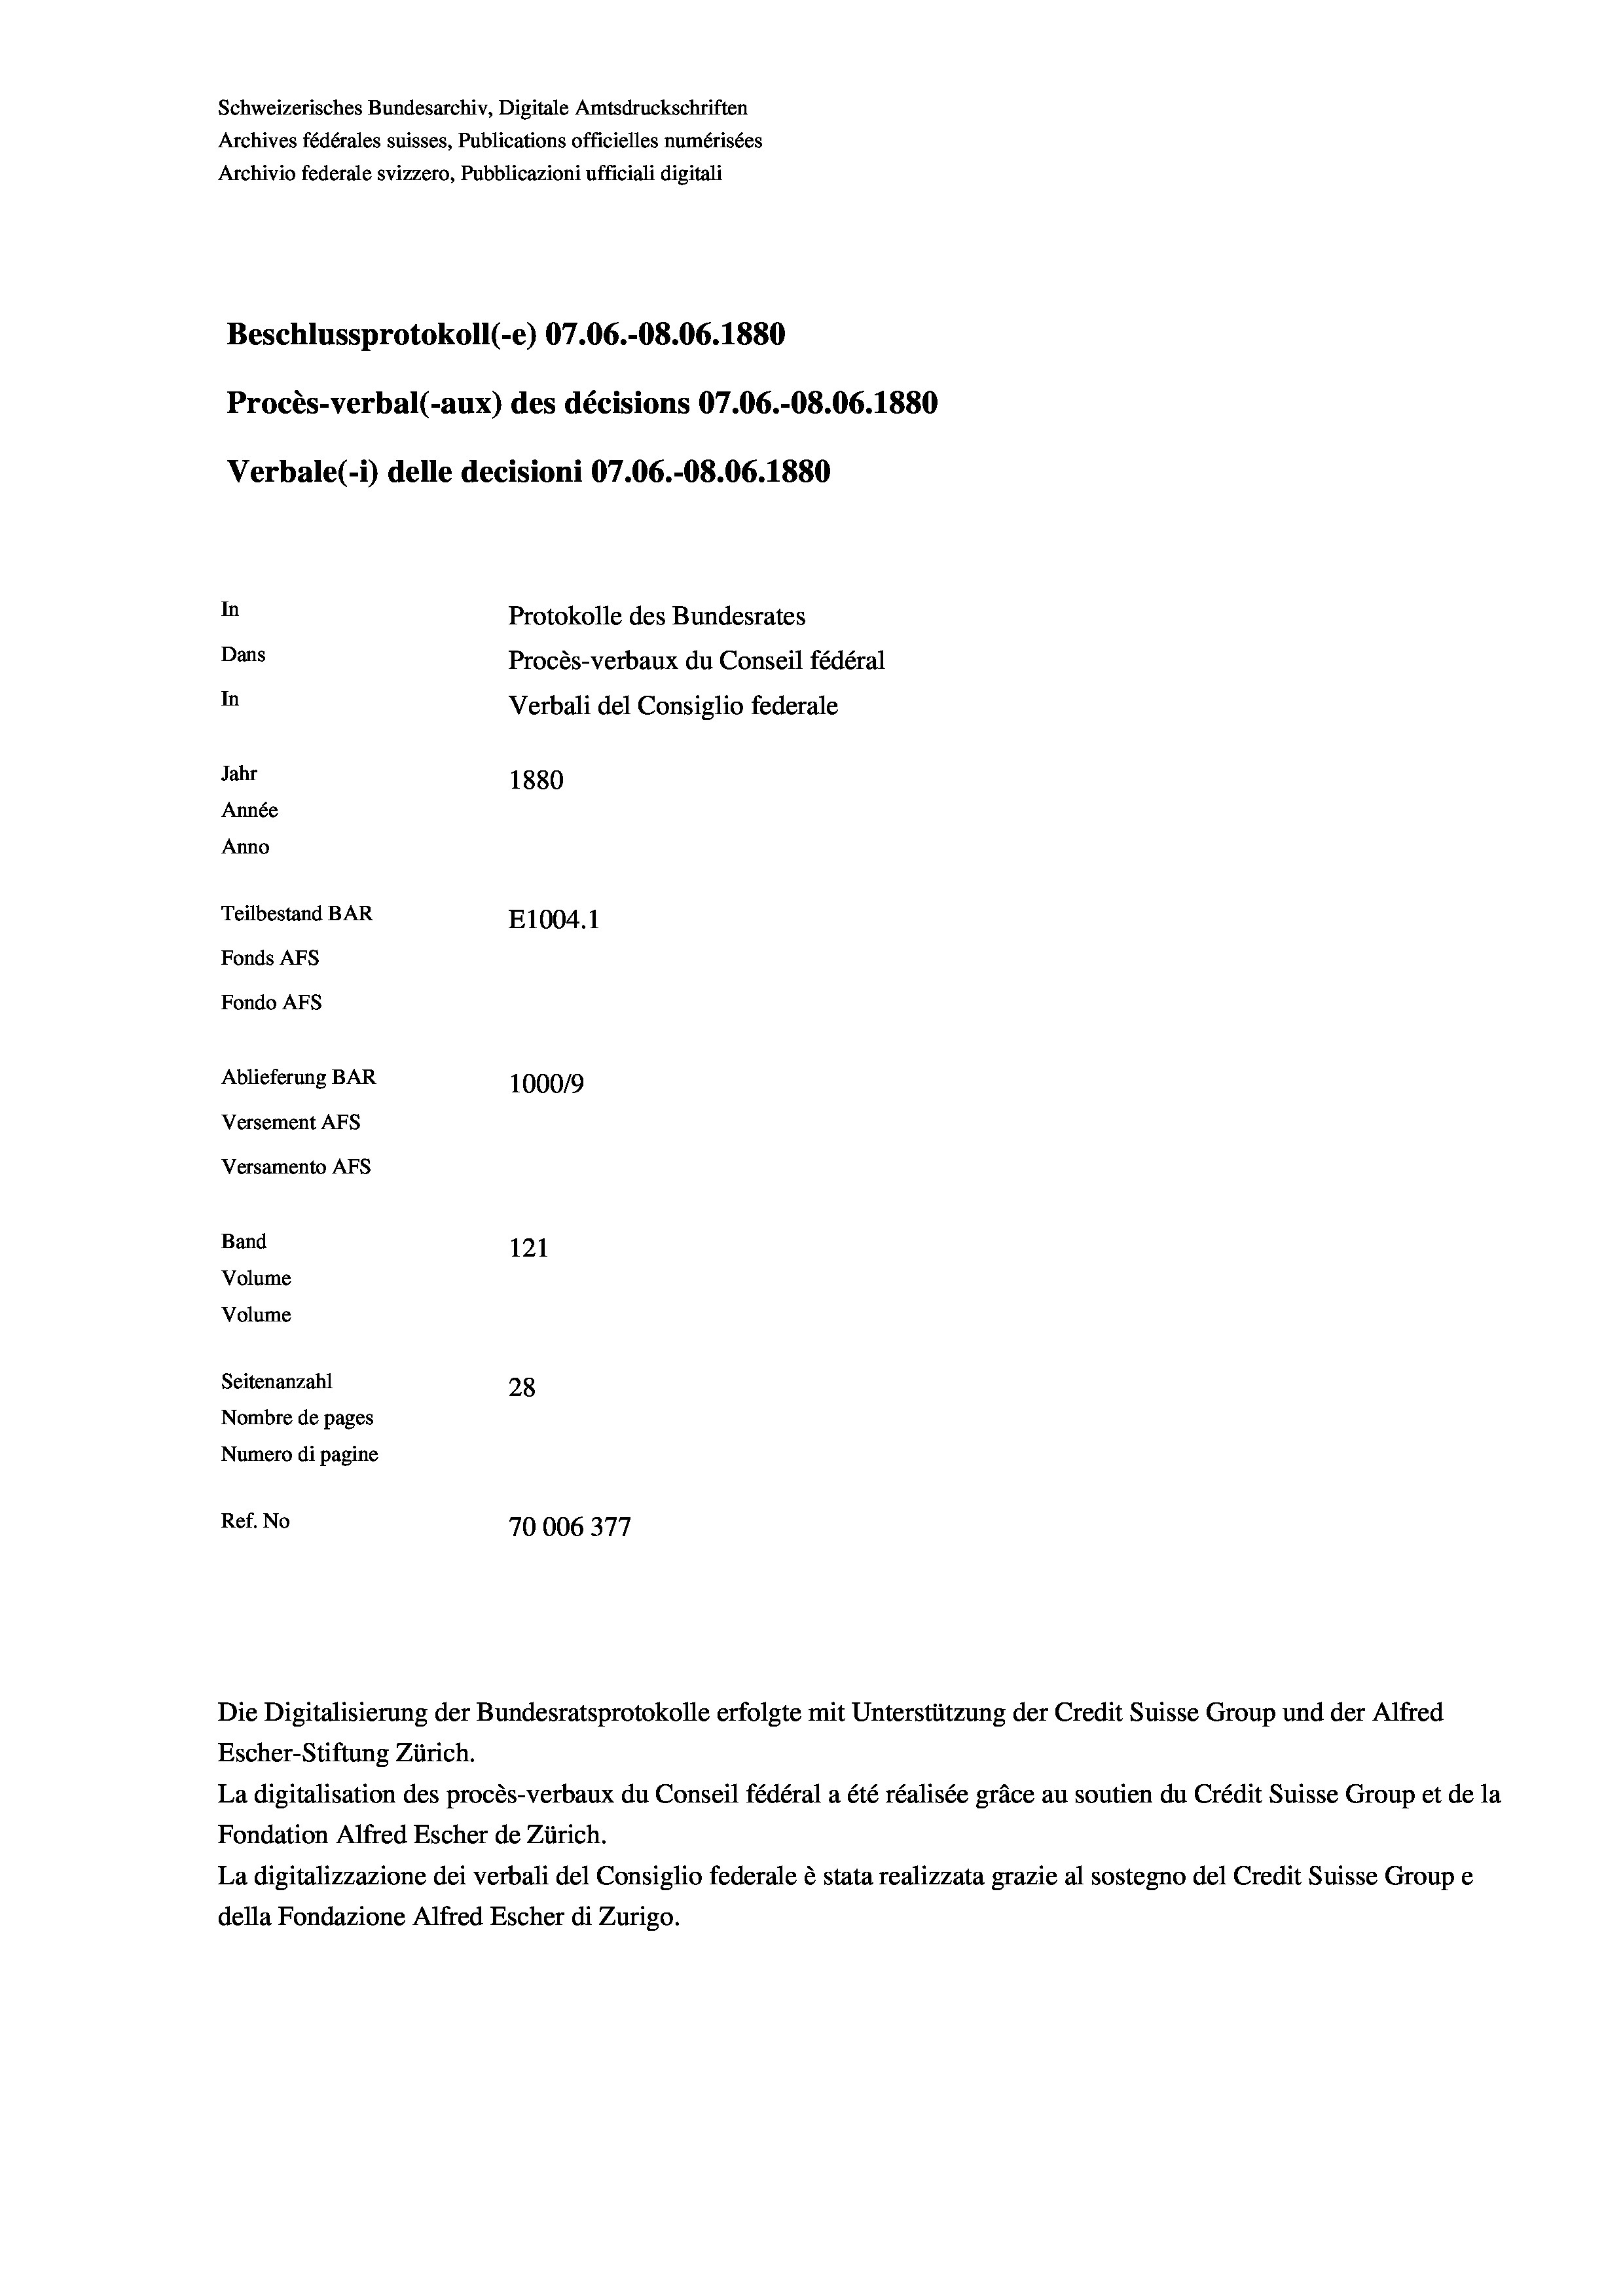
Schweizerisches Bundesarchiv, Digitale Amtsdruckschriften
Archives fédérales suisses, Publications officielles numérisées
Archivio federale svizzero, Pubblicazioni ufficiali digitali
Beschlussprotokoll (-e) 07.06.-O8.06. 1880
Procès-verbal (-aux) des décisions 07.06.-08.06. 1880
Verbale (1) delle decisioni 07.06.-O8.06. 1880
In
Protokolle des Bundesrates
Dans
Procès-verbaux du Conseil fédéral
In
Verbali del Consiglio federale
Jahr
1880
Année
Anno
Teilbestand BAR
E1004. 1
Fonds AFs
Fondo Afs
Ablieferung BAR
100019
Versement AFs
Versamento AFS
Band
121
Volume
Volume
Seitenanzahl
28
Nombre de pages
Numero di pagine
Ref. No
70006377

Escher-Stiftung Zürich.
La digitalisation des procès-verbaux du Conseil fédéral a été réalisée gräce au soutien du Crédit Suisse Group et de la
Fondation Alfred Escher de Zürich.
La digitalizzazione dei verbali del Consiglio federale è stata realizzata grazie al sostegno del Credit Suisse Groupe
della Fondazione Alfred Escher di Zurigo.

Die Digitalisierung der Bundesratsprotokolle erfolgte mit Unterstützung der Credit Suisse Group und der Alfred